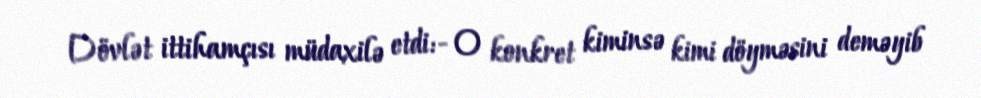
Dövlət ittihamçısı müdaxilə etdi:- O konkret kiminsə kimi döyməsini deməyib